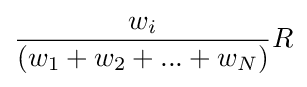
{\frac {w_{i}}{(w_{1}+w_{2}+...+w_{N})}}R